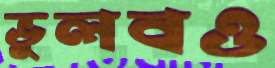
ভুলবও